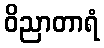
ဝိညာတာရံ